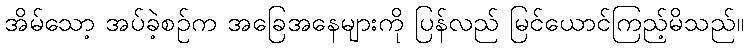
အိမ်သော့ အပ်ခဲ့စဉ်က အခြေအနေများကို ပြန်လည် မြင်ယောင်ကြည့်မိသည်။